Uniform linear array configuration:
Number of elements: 8
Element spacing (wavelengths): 0.25
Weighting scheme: binomial
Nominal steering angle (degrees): -30
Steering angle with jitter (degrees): -31.45
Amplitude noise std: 0.05
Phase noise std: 0.05

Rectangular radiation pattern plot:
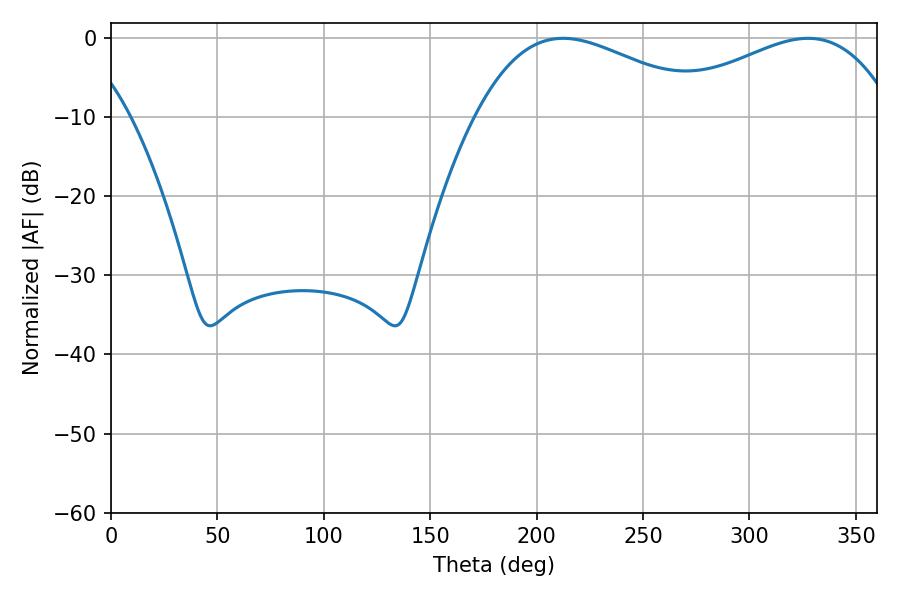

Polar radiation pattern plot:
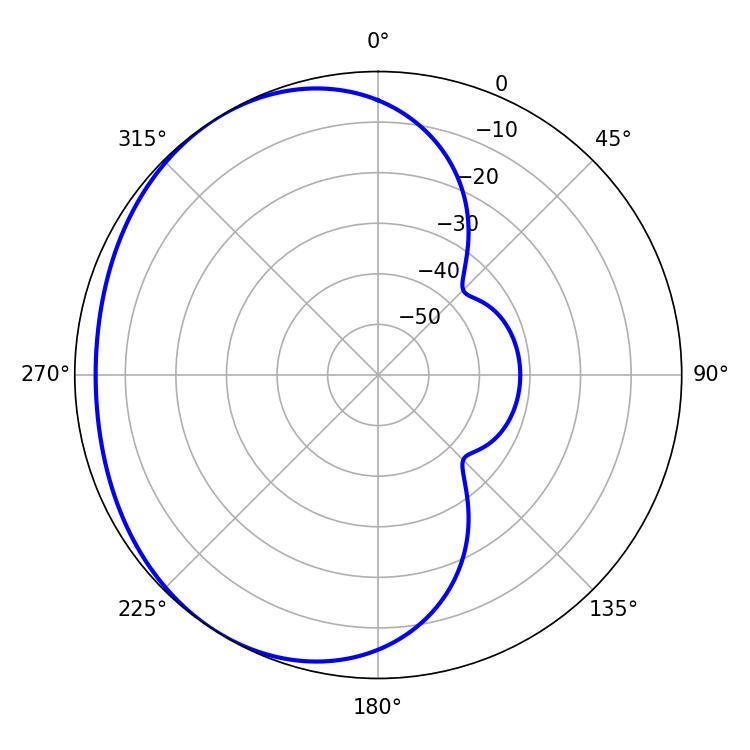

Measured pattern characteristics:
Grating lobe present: FALSE
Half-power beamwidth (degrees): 60.48
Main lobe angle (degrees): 212.4